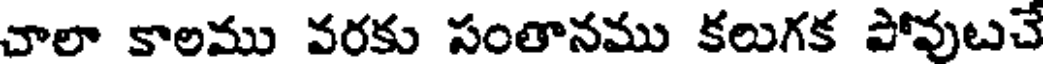
చాలా కాలము వరకు సంతానము కలుగక పోవుటచే